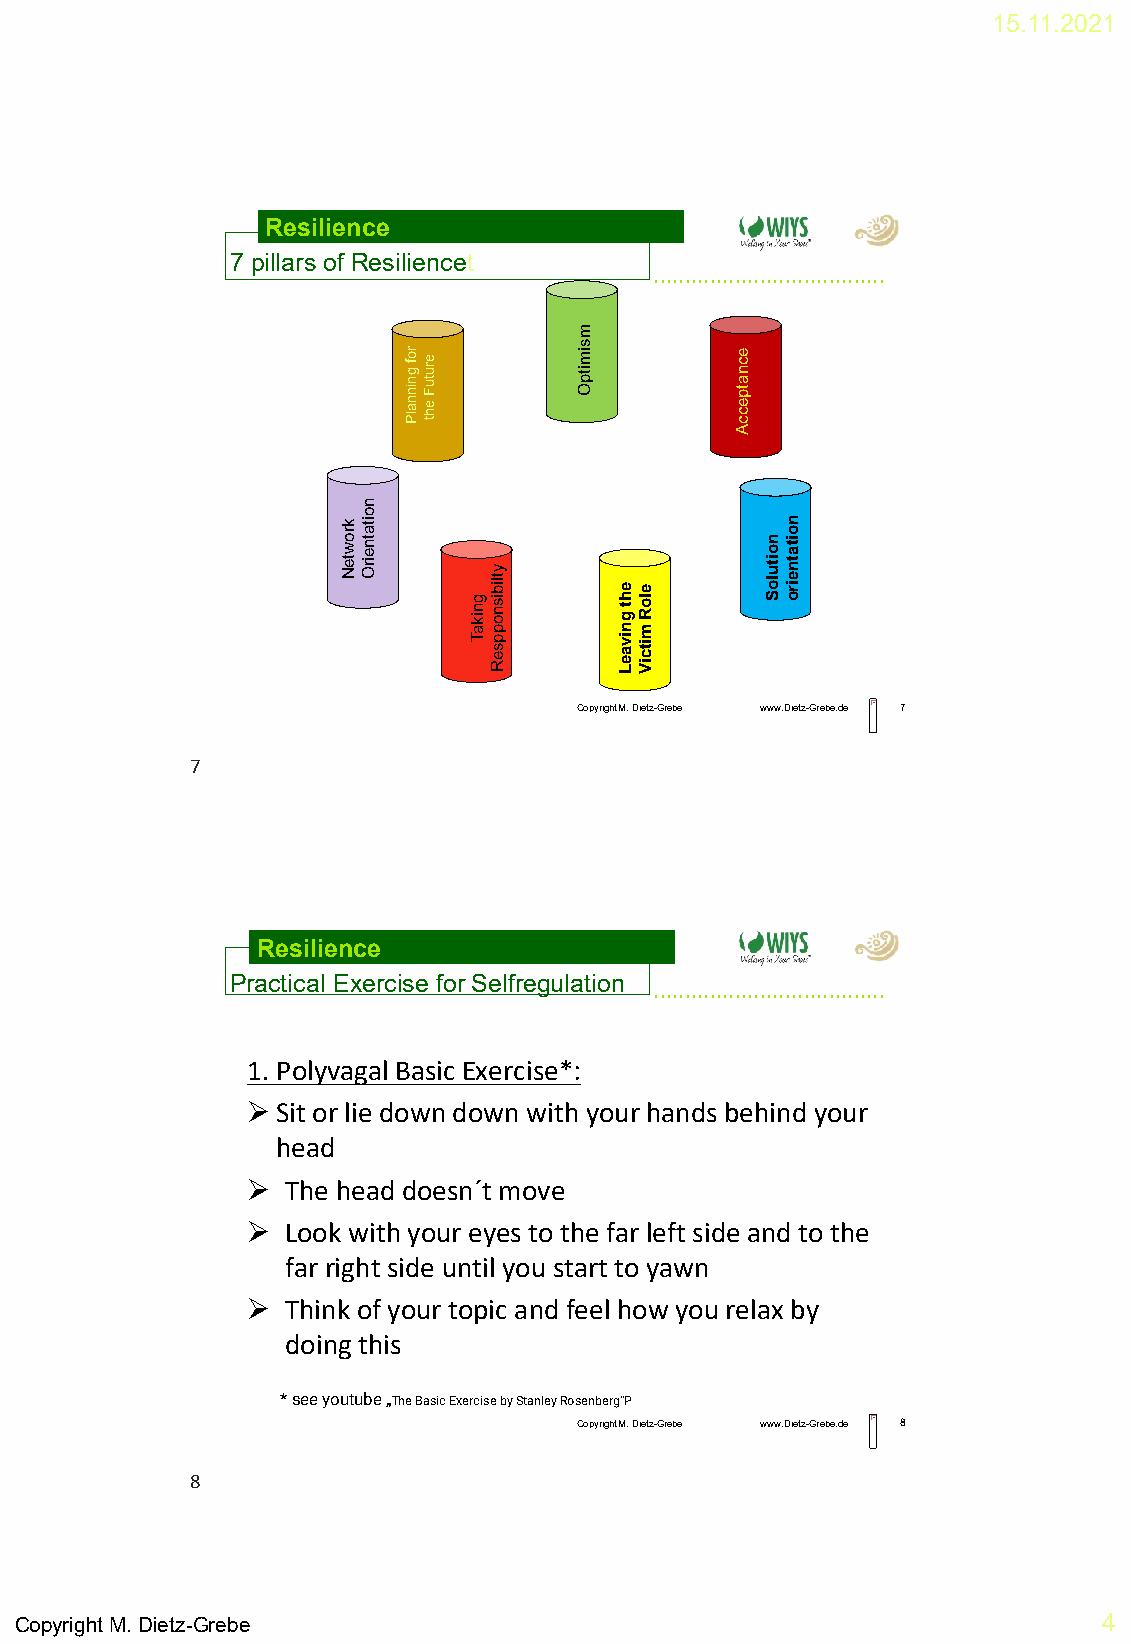
15.11.2021
 Resilience
 7 pillars of Resiliencet
 .....................................
 m
 s
 g
 n
 inro
 fe ru
 tu
 F
 im
 itp
 O
 e
 c n
 a
 tp
 n a lPe h
 t
 e c
 c
 A
 n
 o
 k
 ro
 w te
 Nita
 tn e irO
 g
 n ik
 ay
 tlib
 is
 n o
 p
 g
 ne
 h
 t
 me
 lo
 R
 n o itu
 lo
 Sn
 o
 ita tn
 e ir
 o
 Tp
 s e R
 iv
 a e Litc iV
 Copyright M. Dietz-Grebe www.Dietz-Grebe.de 7
 7
 Resilience
 Practical Exercise for Selfregulation
 .....................................
 1. PolyvagalBasic Exercise*:
 ➢Sit or lie down down with your hands behind your
 head
 ➢  The head doesn´t move
 ➢  Look with your eyes to the far left side and to the
 far right side until you start to yawn
 ➢  Think of your topic and feelhow you relax by
 doing this
 * seeyoutube„The Basic Exercise by Stanley Rosenberg”P
 Copyright M. Dietz-Grebe www.Dietz-Grebe.de 8
 8
 Copyright M. Dietz-Grebe                                                4